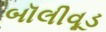
બૉલીવૂડ